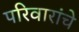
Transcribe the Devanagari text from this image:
परिवारांचे